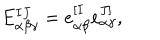
E _ { \alpha \beta \gamma } ^ { I J } = e _ { \alpha \beta } ^ { [ I } e _ { \alpha \gamma } ^ { J ] } ,